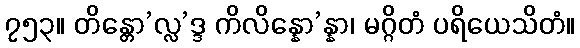
၇၅၃။ တိန္တော’လ္လ’ဒ္ဒ ကိလိန္နော’န္နာ၊ မဂ္ဂိတံ ပရိယေသိတံ။